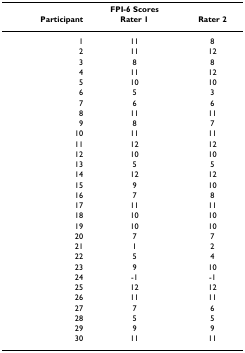
|  | FPI-6 Scores |  |
 | Participant | Rater 1 | Rater 2 |
 | --- | --- | --- |
 | 1 | 11 | 8 |
 | 2 | 11 | 12 |
 | 3 | 8 | 8 |
 | 4 | 11 | 12 |
 | 5 | 10 | 10 |
 | 6 | 5 | 3 |
 | 7 | 6 | 6 |
 | 8 | 11 | 11 |
 | 9 | 8 | 7 |
 | 10 | 11 | 11 |
 | 11 | 12 | 12 |
 | 12 | 10 | 10 |
 | 13 | 5 | 5 |
 | 14 | 12 | 12 |
 | 15 | 9 | 10 |
 | 16 | 7 | 8 |
 | 17 | 11 | 11 |
 | 18 | 10 | 10 |
 | 19 | 10 | 10 |
 | 20 | 7 | 7 |
 | 21 | 1 | 2 |
 | 22 | 5 | 4 |
 | 23 | 9 | 10 |
 | 24 | -1 | -1 |
 | 25 | 12 | 12 |
 | 26 | 11 | 11 |
 | 27 | 7 | 6 |
 | 28 | 5 | 5 |
 | 29 | 9 | 9 |
 | 30 | 11 | 11 |